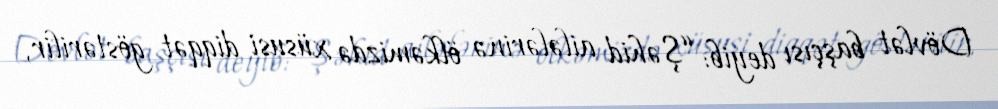
Dövlət başçısı deyib: “Şəhid ailələrinə ölkəmizdə xüsusi diqqət göstərilir,